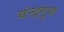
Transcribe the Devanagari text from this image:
चंन्द्रगुप्त